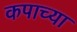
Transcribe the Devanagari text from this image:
कपाच्या